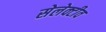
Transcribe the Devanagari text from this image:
सेलेक्टीव